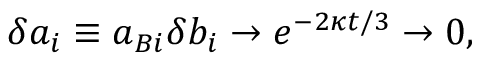
\delta a _ { i } \equiv a _ { B i } \delta b _ { i } \to e ^ { - 2 \kappa t / 3 } \to 0 ,